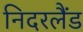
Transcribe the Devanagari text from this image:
निदरलैंड